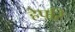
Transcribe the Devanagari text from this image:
हेपरि